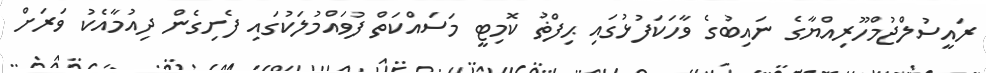
ރައީސުލްޖުމްހޫރިއްޔާގެ ނައިބުގެ ވާހަކަފުޅުގައި ޙިފްޡު ކޮމިޓީ މަސައްކަތް ފުވައްމުލަކުގައި ފެށިގެން ދިއުމާއެކު ވަރަށް